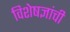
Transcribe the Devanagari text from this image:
विशेषज्ञांची